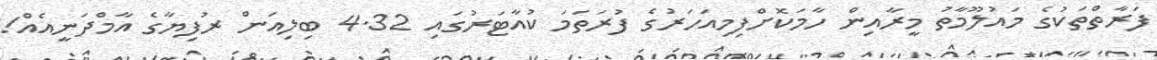
ފަރާތްތަކުގެ މައުލޫމާތު މީރާއިން ހާމަކޮށްފިމިއަހަރުގެ ފުރަތަމަ ކުއާޓަރުގައި 4.32 ބިލިއަން ރުފިޔާގެ އާމްދަނީއެއް!